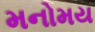
મનોમય